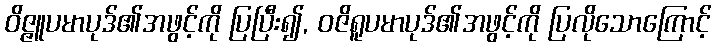
ဝိဇ္ဇူပမာပုဒ်၏အဖွင့်ကို ပြပြီး၍, ဝဇိရူပမာပုဒ်၏အဖွင့်ကို ပြလိုသောကြောင့်